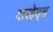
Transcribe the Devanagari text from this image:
वारहेड्स